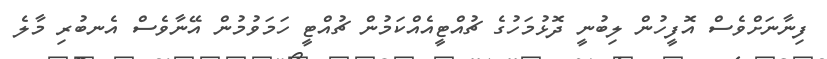
ފިނާނަށްވެސް އޮފީހުން ލިބުނީ ދޮޅުމަހުގެ ޗުއްޓީއެއްކަމުން ޗުއްޓީ ހަމަވުމުން އޭނާވެސް އެނބުރި މާލެ